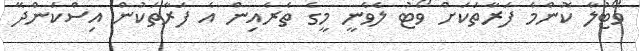
ވޯޓުލާ ކޮންމެ ފަރާތަކަށް ވޯޓު ލެވެނީ މީގެ ތެރެއިން އެ ފަރާތަކުން އިސްކަންދޭ